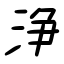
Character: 浄